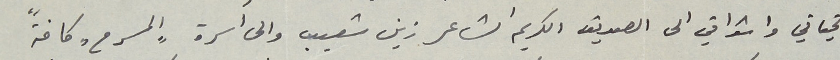
تحياتي واشواقي الى الصديق الكريم الشاعر زين شعيب والى أسرة "المسرح" كافةً